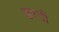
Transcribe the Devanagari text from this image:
डरनी